Scottish Leaving Certificate Examination, 1956
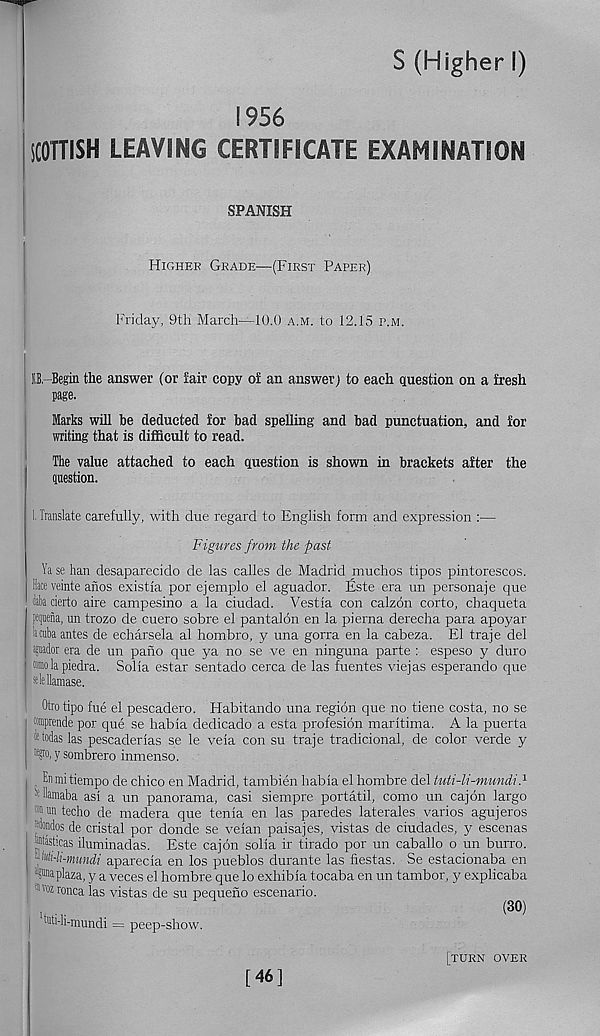
S (Higher I)
1956
SCOTTISH LEAVING CERTIFICATE EXAMINATION
SPANISH
Higher Grade—(First Paper)
Friday, 9th March—10.0 a.m. to 12.15 p.m.
I,B.-Begin the answer (or iair copy of an answer) to each question on a fresh
page.
Marks will be deducted for bad spelling and bad punctuation, and for
writing that is difficult to read.
The value attached to each question is shown in brackets after the
question.
I. Translate carefully, with due regard to English form and expression :—
Figures from the past
Ya se han desaparecido de las calles de Madrid muchos tipos pintorescos.
Dace veinte anos existia por ejemplo el aguador. fiste era un persona) e que
data cierto aire campesino a la ciudad. Vestia con calzon corto, chaqueta
ffluena, un trozo de cuero sobre el pantalon en la pierna derecha para apoyar
licnba antes de echarsela al hombro, y una gorra en la cabeza. El traje del
ijuador era de un paho que ya no se ve en ninguna parte : espeso y duro
fflmo la piedra. Solia estar sentado cerca de las fuentes vie) as esperando que
dellamase.
Otrotipo fue el pescadero. Habitando una region que no tiene costa, no se
•prende por que se habia dedicado a esta profesion maritima. A la puerta
Idodas las pescaderias se le veia con su traje tradicional, de color verde y
•tjro, y sombrero inmenso.
, Enmitiempo de chico en Madrid, tambien habia el hombre del tuti-li-mundi}
Glamaba asi a un panorama, casi siempre portatil, como un cajon largo
® l,n techo de madera que tenia en las paredes laterales varies agujeros
dondos de cristal por donde se veian paisajes, vistas de ciudades, y escenas
atast'.cas iluminadas. Este cajon solia ir tirado por un caballo o un burro.
-m-li-mundi aparecia en los pueblos durante las fiestas. Se estacionaba en
oUnaplaza, y a veces el hombre que lo exhibia tocaba en un tambor, y explicaba
®vozronca las vistas de su pequeno escenario.
, . .
( 3°)
tati-li-mundi = peep-show.
[turn over
[46]